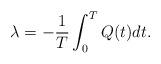
LaTeX: \begin{align*}\lambda=-\frac{1}{T}\int_0^TQ(t)dt.\end{align*}